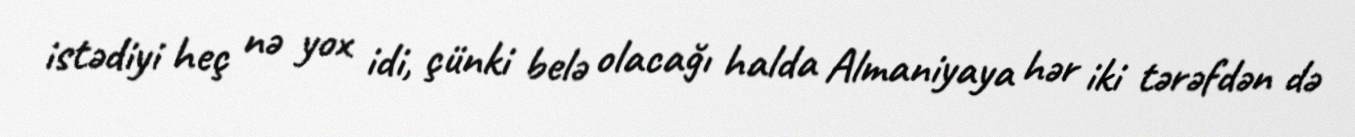
istədiyi heç nə yox idi, çünki belə olacağı halda Almaniyaya hər iki tərəfdən də